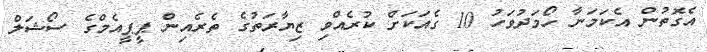
އެގޮތުން އެކަމަނާ ހޯމަދުވަހު 10 ގެއަކަށް ކުރެއްވި ޒިޔާރަތުގެ ތެރެއިން ޕީޕީއެމްގެ ސޯޝަލް